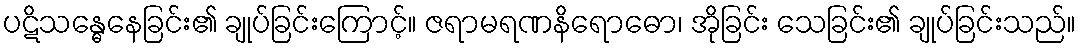
ပဋိသန္ဓေနေခြင်း၏ ချုပ်ခြင်းကြောင့်။ ဇရာမရဏနိရောဓော၊ အိုခြင်း သေခြင်း၏ ချုပ်ခြင်းသည်။